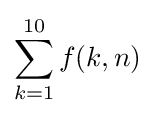
\sum _{k=1}^{10}f(k,n)